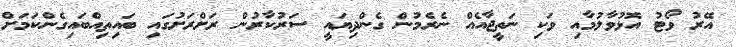
އޭރު ވޯޓު އޮޅުވާލުމާއި ވަކި ނަތީޖާއެއް ނެރެމުން ގެންދިޔައީ ސަރުކާރުން ރަށްރަށުގައި ބައިތިއްބައިގެންކަމަށް